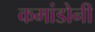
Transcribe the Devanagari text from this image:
कमांडोनी